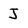
Character: J